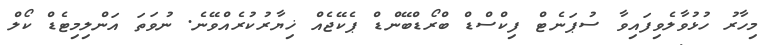
މިހާރު ހުޅުވާލެވިފައިވާ ސުޕަނެޓް ފިކްސްޑް ބްރޯޑްބޭންޑް ޕެކޭޖެއް ޚިޔާރުކުރެއްވޭނެ. ނުވަތަ އަންލިމިޓެޑް ކޯލް